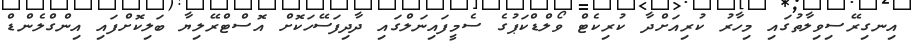
އިނގިރޭސިވިލާތުގައި މިހާރު ކުރިއަށްދާ ކުރިކެޓް ވޯލްޑްކަޕުގެ ސެމީފައިނަލްގައި ދާދިފަސޭހަކޮށް އޮސްޓްރޭލިޔާ ބަލިކޮށްފައި އިންގްލެންޑް